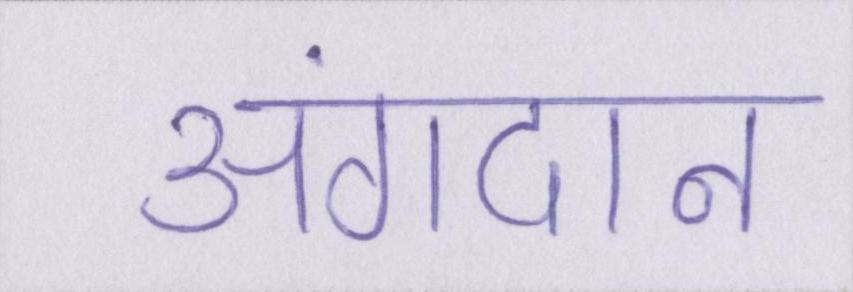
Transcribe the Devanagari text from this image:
अंगदान